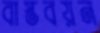
বাস্তবয়ন